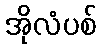
အိုလံပစ်